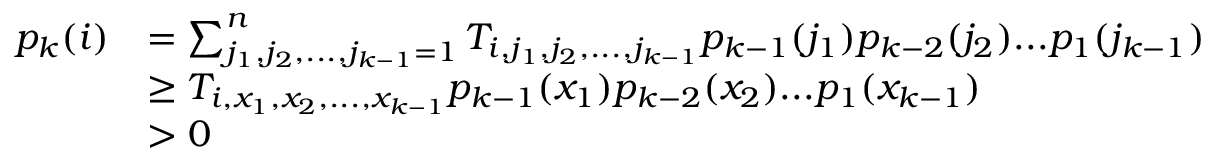
\begin{array} { r l } { p _ { k } ( i ) } & { = \sum _ { j _ { 1 } , j _ { 2 } , . . . , j _ { k - 1 } = 1 } ^ { n } T _ { i , j _ { 1 } , j _ { 2 } , . . . , j _ { k - 1 } } p _ { k - 1 } ( j _ { 1 } ) p _ { k - 2 } ( j _ { 2 } ) . . . p _ { 1 } ( j _ { k - 1 } ) } \\ & { \geq T _ { i , x _ { 1 } , x _ { 2 } , . . . , x _ { k - 1 } } p _ { k - 1 } ( x _ { 1 } ) p _ { k - 2 } ( x _ { 2 } ) . . . p _ { 1 } ( x _ { k - 1 } ) } \\ & { > 0 } \end{array}